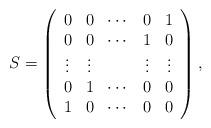
LaTeX: \begin{align*}S=\left(\begin{array}{c c c c c}0 &0 &\cdots &0 &1\\0 &0 &\cdots &1 &0\\\vdots &\vdots & &\vdots &\vdots\\0 &1 &\cdots &0 &0\\1 &0 &\cdots &0 &0\end{array}\right),\end{align*}